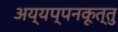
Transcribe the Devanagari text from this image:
अय्यप्पनकूत्तु